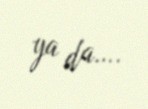
ya da….